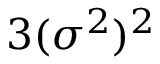
3 ( \sigma ^ { 2 } ) ^ { 2 }